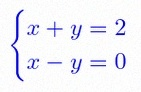
\begin{cases}x+y=2\\x-y=0\end{cases}